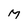
Character: M